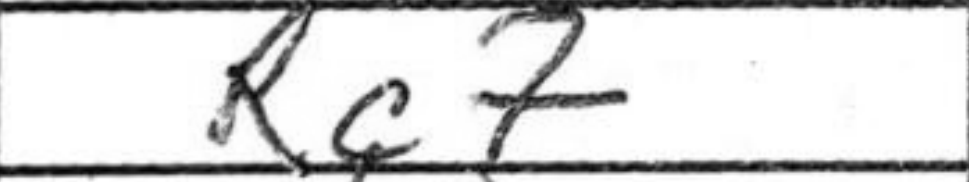
Transcription: Rc7